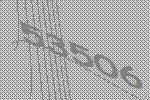
53506